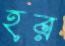
হর